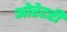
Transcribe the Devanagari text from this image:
ओरेटरी